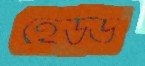
হেউড